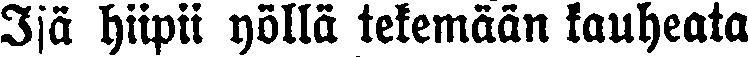
Isä hiipii yöllä tekemään kauheata